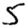
Digit: 5